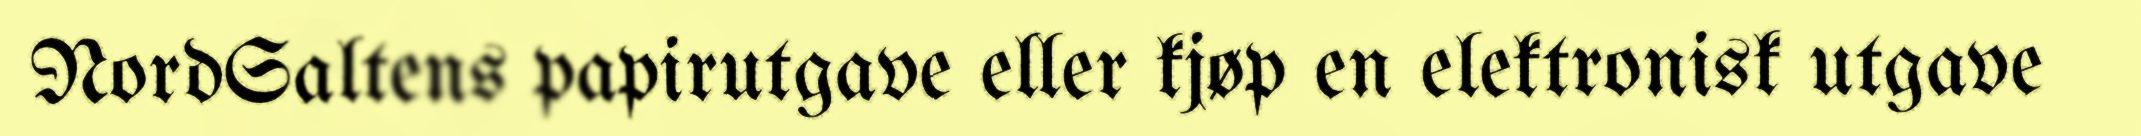
NordSaltens papirutgave eller kjøp en elektronisk utgave